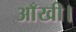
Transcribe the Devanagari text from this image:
आँखी।